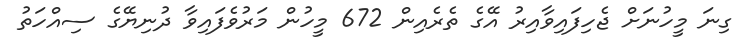
ގިނަ މީހުނަށް ޖެހިފައިވާއިރު އޭގެ ތެރެއިން 672 މީހުން މަރުވެފައިވާ ދުނިޔޭގެ ސިއްހަތު